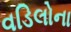
વડિલોના